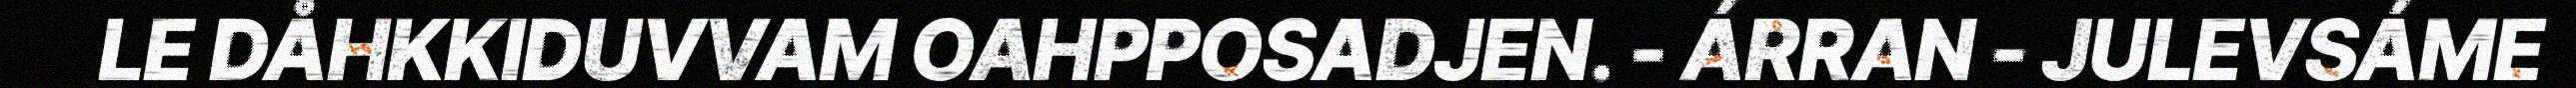
LE DÅHKKIDUVVAM OAHPPOSADJEN. - ÁRRAN - JULEVSÁME